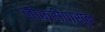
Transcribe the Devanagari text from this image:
लोकरीपासून